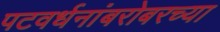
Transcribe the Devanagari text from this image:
पटवर्धनांबरोबरच्या